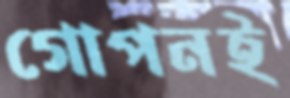
গোপনই